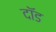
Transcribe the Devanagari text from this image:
दॉड